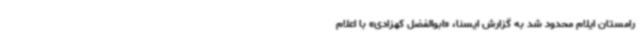
رامستان ایلام محدود شد به گزارش ایسنا، «ابوالفضل کهزادی» با اعلام